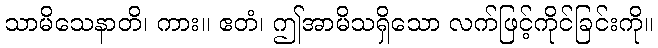
သာမိသေနာတိ၊ ကား။ ဧတံ၊ ဤအာမိသရှိသော လက်ဖြင့်ကိုင်ခြင်းကို။